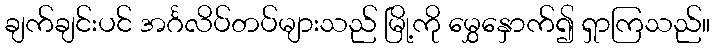
ချက်ချင်းပင် အင်္ဂလိပ်တပ်များသည် မြို့ကို မွှေနှောက်၍ ရှာကြသည်။